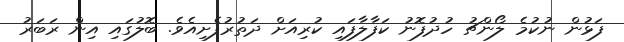
ފަޅުން ނުކުމެ ލޯންޗު ހުދުފޮނު ކަފާލާފައި ކުރިއަށް ދަތުރުފެށިއެވެ. ބޮލުގައި އިން ރަބަރު